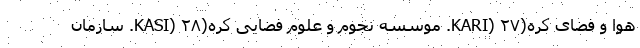
هوا و فضای کره(KARI) ۲۷. موسسه نجوم و علوم فضایی کره(KASI) ۲۸. سازمان